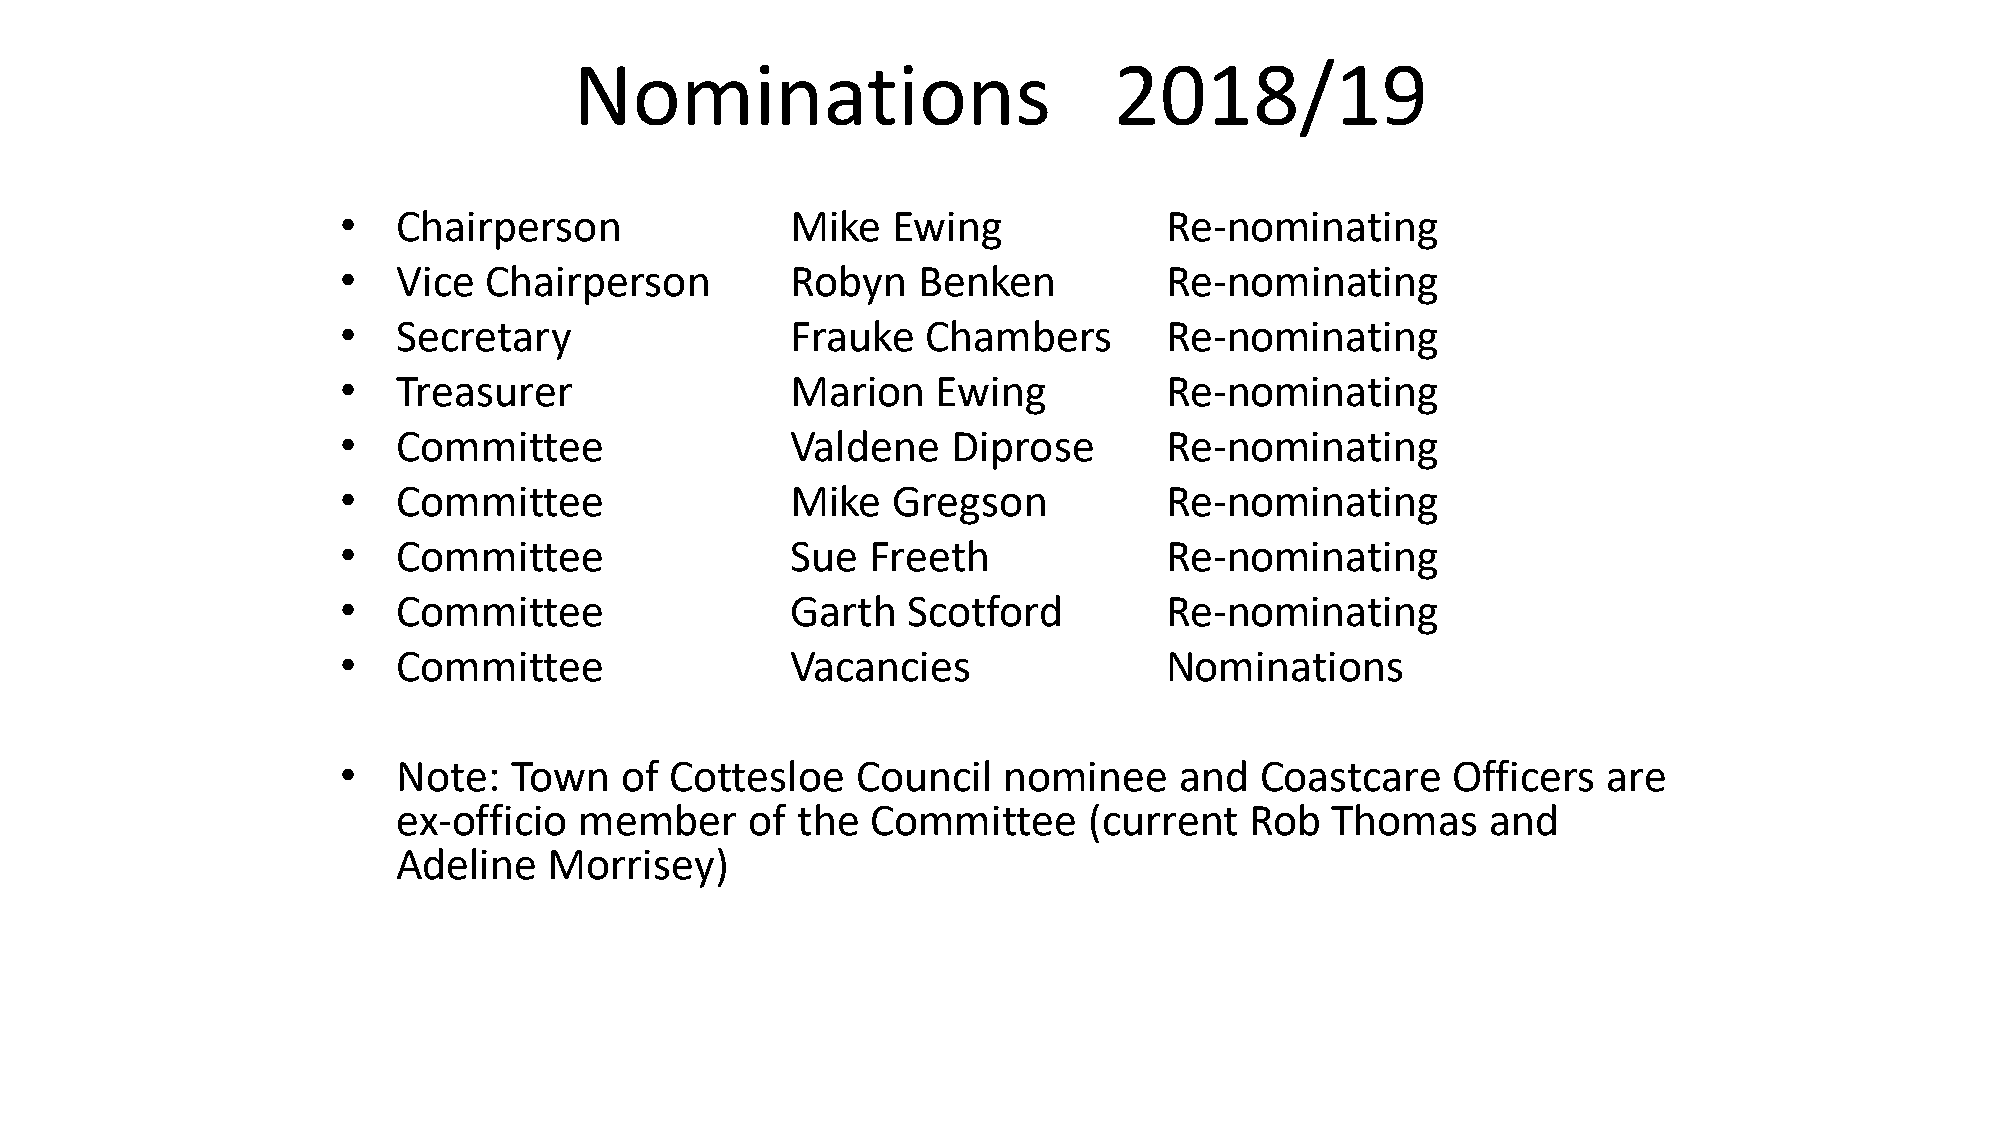
Nominations                         2018/19
 •  Chairperson               Mike   Ewing             Re-nominating
 •  Vice  Chairperson         Robyn    Benken          Re-nominating
 •  Secretary                 Frauke   Chambers        Re-nominating
 •  Treasurer                 Marion    Ewing          Re-nominating
 •  Committee                 Valdene    Diprose       Re-nominating
 •  Committee                 Mike   Gregson           Re-nominating
 •  Committee                 Sue   Freeth             Re-nominating
 •  Committee                 Garth   Scotford         Re-nominating
 •  Committee                 Vacancies                Nominations
 •  Note:   Town   of Cottesloe    Council  nominee     and  Coastcare    Officers  are
 ex-officio  member      of the  Committee     (current   Rob  Thomas     and
 Adeline   Morrisey)